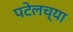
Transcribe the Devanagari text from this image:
पटेलच्या